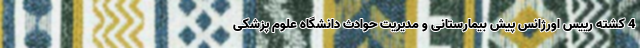
4 کشته رییس اورژانس پیش بیمارستانی و مدیریت حوادث دانشگاه علوم پزشکی